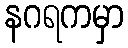
နဂရကမှာ